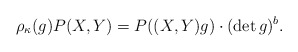
\begin{align*} \rho_\kappa(g) P(X,Y) = P((X,Y)g) \cdot (\det g)^b. \end{align*}